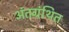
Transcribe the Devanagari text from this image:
अंतग्रंथित